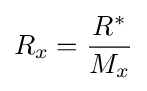
R_{x}={\frac {R^{*}}{M_{x}}}